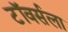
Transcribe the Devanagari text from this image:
टॉवर्सला